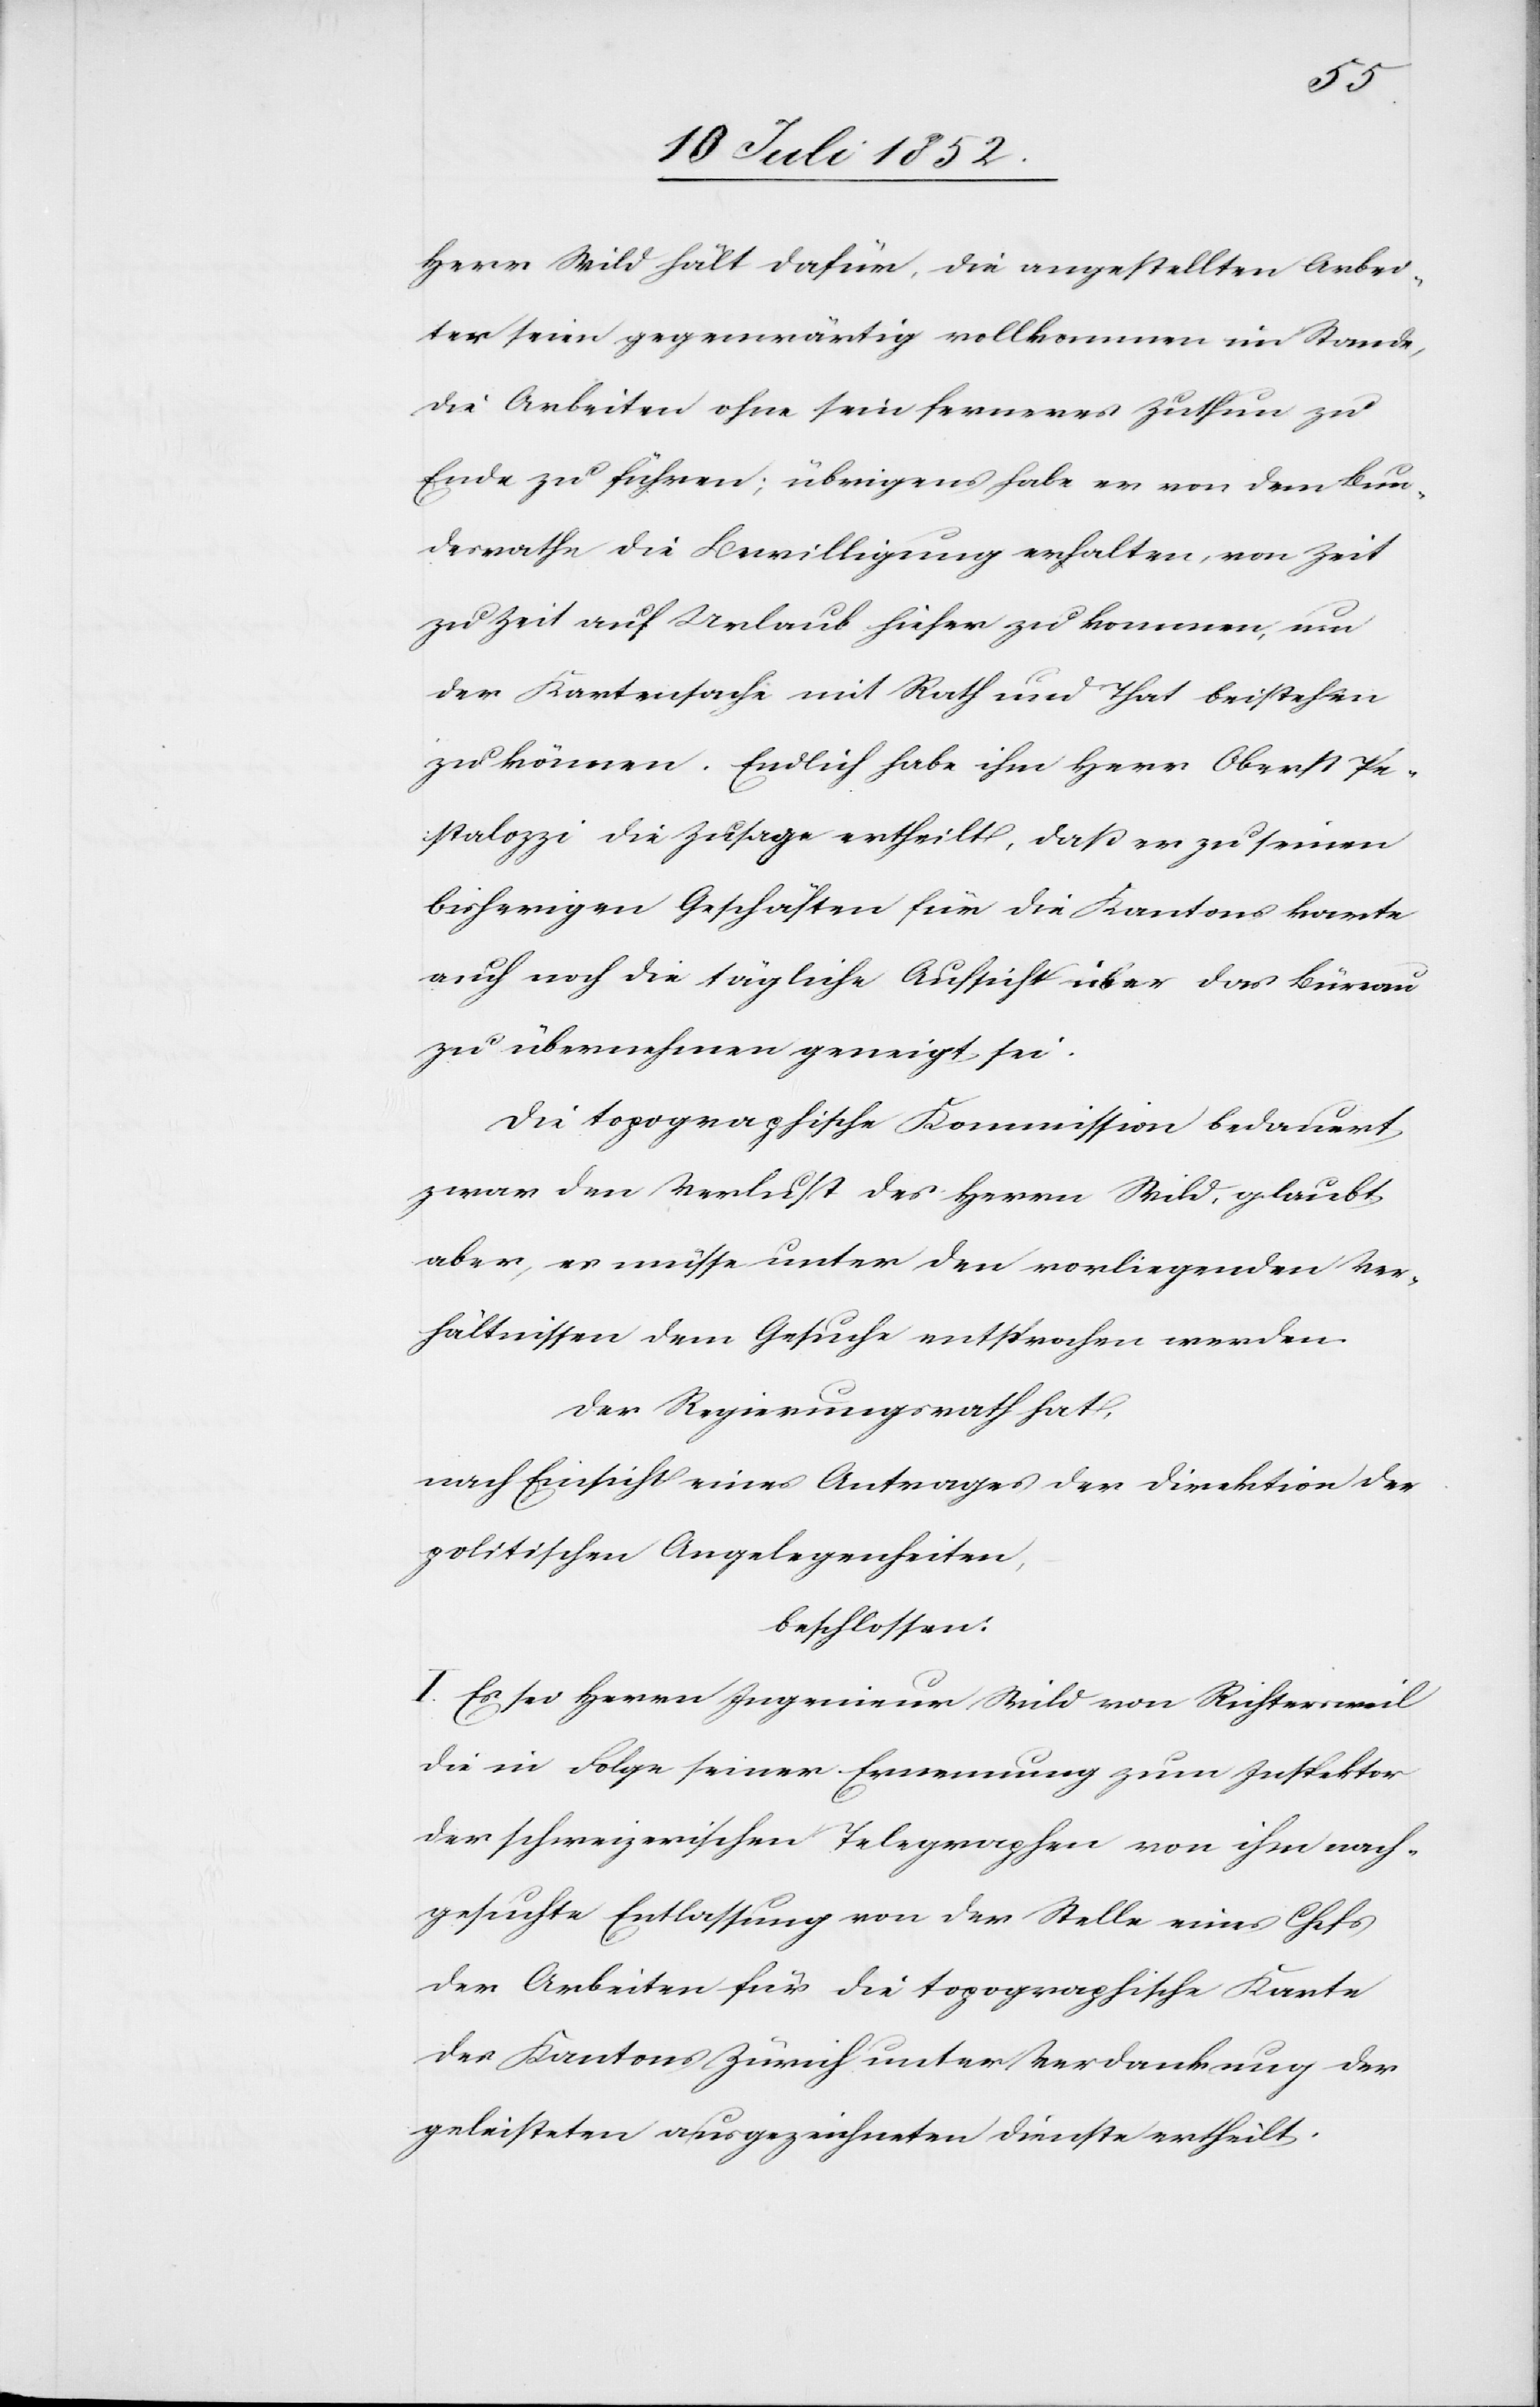
Herr Wild hält dafür, die angestellten Arbei¬
ter seien gegenwärtig vollkommen im Stande,
die Arbeiten ohne sein ferneres Zuthun zu
Ende zu führen; übrigens habe er von dem Bun¬
desrathe die Bewilligung erhalten, von Zeit
zu Zeit auf Urlaub hieher zu kommen, um
der Kartensache mit Rath und That beistehen
zu können. Endlich habe ihm Herr Oberst Pe¬
stalozzi die Zusage ertheilt, daß er zu seinen
bisherigen Geschäften für die Kantonskarte
auch noch die tägliche Aufsicht über das Büreau
zu übernehmen geneigt sei.
Die topographische Kommission bedauert
zwar den Verlust des Herrn Wild, glaubt
aber, es müsse unter den vorliegenden Ver¬
hältnissen dem Gesuche entsprochen werden.
Der Regierungsrath hat,
nach Einsicht eines Antrages der Direktion der
politischen Angelegenheiten,
beschlossen:
I. Es sei Herrn Ingenieur Wild von Richtersweil
die in Folge seiner Ernennung zum Inspektor
der schweizerischen Telegraphen von ihm nach¬
gesuchte Entlassung von der Stelle eines Chefs
der Arbeiten für die topographische Karte
des Kantons Zürich unter Verdankung der
geleisteten ausgezeichneten Dienste ertheilt.